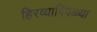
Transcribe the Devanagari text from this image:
हिरव्यापिवळ्या